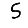
Digit: 5